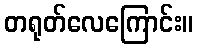
တရုတ်လေကြောင်း။